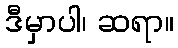
ဒီမှာပါ၊ ဆရာ။